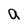
Character: a